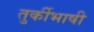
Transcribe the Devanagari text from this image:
तुर्कीभाषी